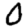
Digit: 0